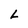
Character: L